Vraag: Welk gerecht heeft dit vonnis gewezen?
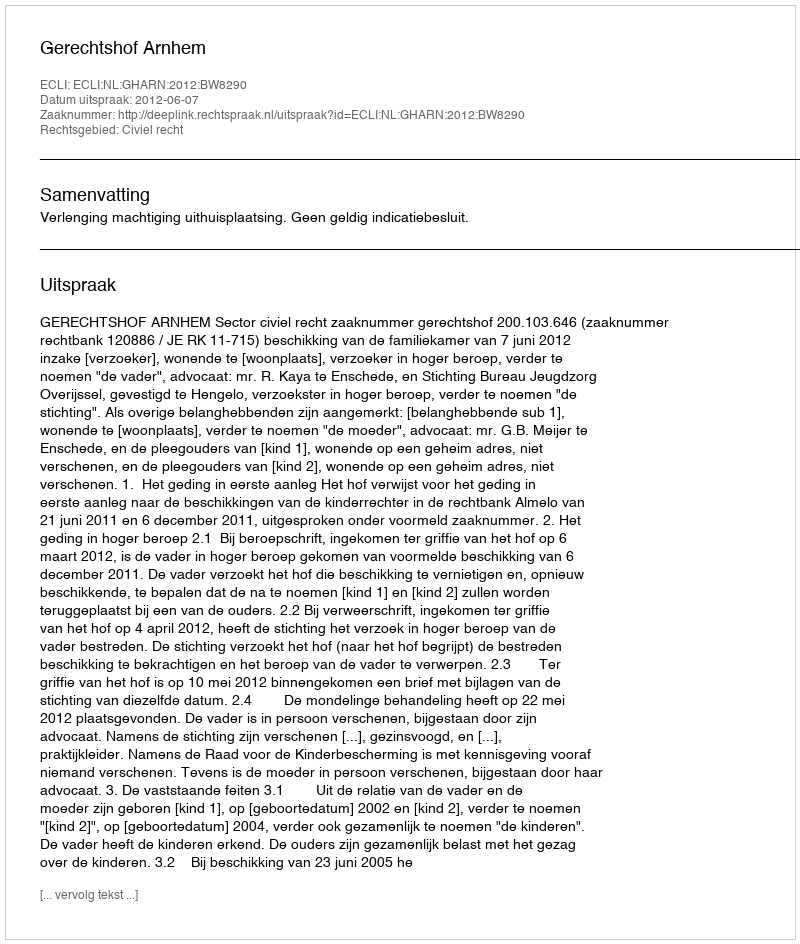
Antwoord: Gerechtshof Arnhem